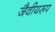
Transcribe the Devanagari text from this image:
जैवीयरूप